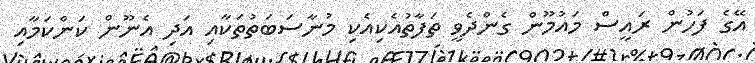
އޭގެ ފަހުން ރައީސް މައުމޫން ގެންދެވީ ތަފާތުއެކިއެކި މުނާސަބަތުތަކާއި އަދި އެނޫން ކަންކަމާއި